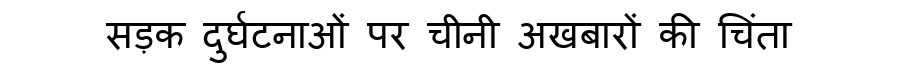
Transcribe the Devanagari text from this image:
सड़क दुर्घटनाओं पर चीनी अखबारों की चिंता